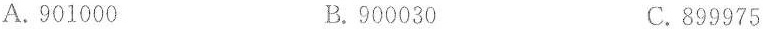
A.901000 B.900030 C.899975